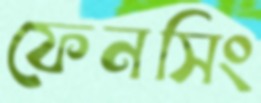
ফেনসিং